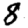
Digit: 8